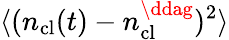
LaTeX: \langle(n_{\mathrm{cl}}(t)-n_{\mathrm{cl}}^{\ddag})^{2}\rangle